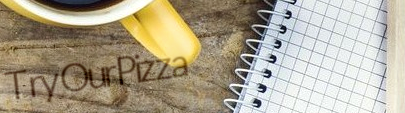
TryOurPizza